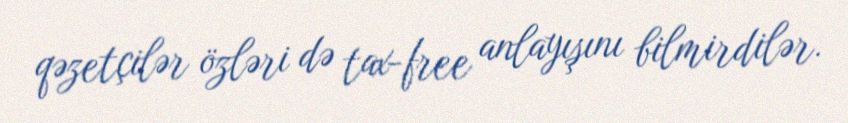
qəzetçilər özləri də tax-free anlayışını bilmirdilər.